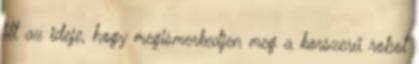
itt az ideje, hogy megismerkedjen meg a korszerű robot